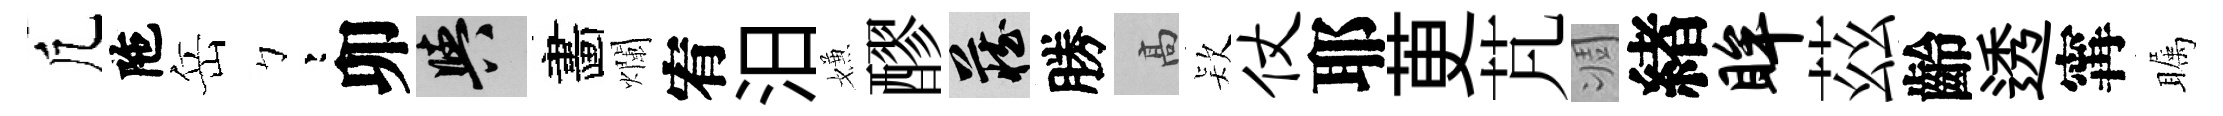
凢陁岳彎卯阳畵爛宥汨嫌醪藏勝高𣣇仗耶茰芃凋緖眸茲齡透𡩋瞩